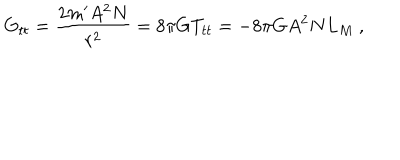
LaTeX: G _ { t t } = \frac { 2 m ^ { \prime } A ^ { 2 } N } { r ^ { 2 } } = 8 \pi G T _ { t t } = - 8 \pi G A ^ { 2 } N L _ { M } \ ,